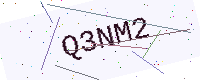
Text: Q3NM2